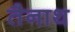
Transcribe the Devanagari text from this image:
तैनाथ